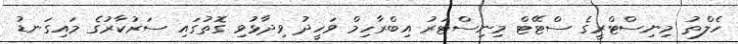
ހެލްތު މިނިސްޓްރީގެ ސްޓޭޓް މިނިސްޓަރު އިބްރާހިމް ވަހީދު ވިދާޅުވި ގޮތުގައި ސަރުކާރުގެ މައިގަނޑު